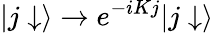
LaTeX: |j\downarrow\rangle\rightarrow e^{-iKj}|j\downarrow\rangle